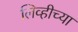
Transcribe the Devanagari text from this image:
लिव्हीच्या